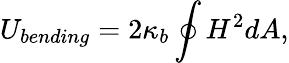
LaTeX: U_{bending}=2\kappa_{b}\oint{H^{2}dA},